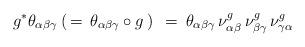
LaTeX: \begin{align*}g^* \theta_{\alpha \beta \gamma} \: ( \, = \, \theta_{\alpha \beta\gamma} \circ g \, ) \: \: = \: \theta_{\alpha \beta \gamma} \, \nu^g_{\alpha \beta} \, \nu^g_{\beta \gamma} \, \nu^g_{\gamma \alpha}\end{align*}